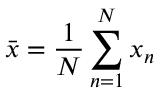
\bar { x } = \frac { 1 } { N } \sum _ { n = 1 } ^ { N } x _ { n }